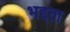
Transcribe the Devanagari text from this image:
भद्दता